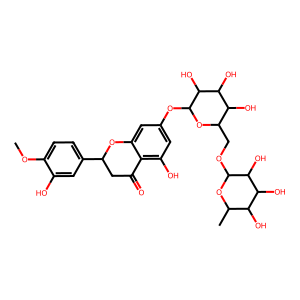
SMILES: COc1ccc(C2CC(=O)c3c(O)cc(OC4OC(COC5OC(C)C(O)C(O)C5O)C(O)C(O)C4O)cc3O2)cc1O
Inhibits HIV replication: Yes